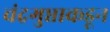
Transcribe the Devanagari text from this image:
चंद्रगुप्ताकडून